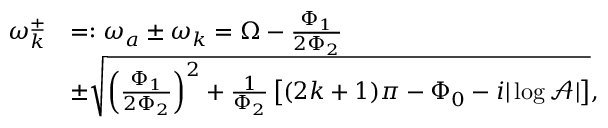
\begin{array} { r l } { \omega _ { k } ^ { \pm } } & { = : \omega _ { a } \pm \omega _ { k } = \Omega - \frac { \Phi _ { 1 } } { 2 \Phi _ { 2 } } } \\ & { \pm \sqrt { \left( \frac { \Phi _ { 1 } } { 2 \Phi _ { 2 } } \right) ^ { 2 } + \frac { 1 } { \Phi _ { 2 } } \left[ ( 2 k + 1 ) \pi - \Phi _ { 0 } - i | \log \mathcal { A } | \right] } , } \end{array}